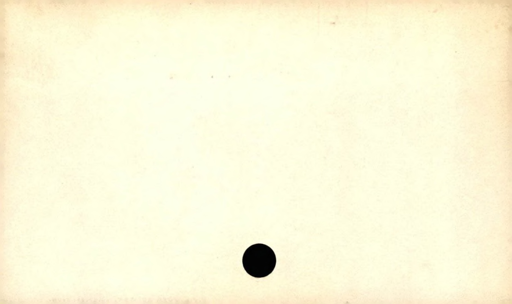
Label: blank